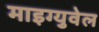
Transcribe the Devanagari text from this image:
माइग्युवेल